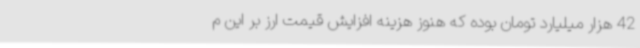
42 هزار میلیارد تومان بوده که هنوز هزینه افزایش قیمت ارز بر این م